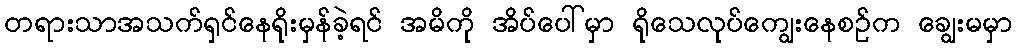
တရားသာအသက်ရှင်နေရိုးမှန်ခဲ့ရင် အမိကို အိပ်ပေါ်မှာ ရိုသေလုပ်ကျွေးနေစဉ်က ချွေးမမှာ